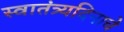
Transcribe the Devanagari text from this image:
स्वातंत्र्यदिनाचे